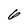
Character: 6